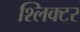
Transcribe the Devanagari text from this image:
श्लिक्टर